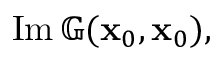
\begin{array} { r } { \operatorname { I m } \mathbb { G } ( \mathbf { x } _ { 0 } , \mathbf { x } _ { 0 } ) , } \end{array}